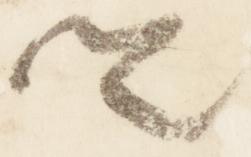
卿